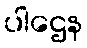
ပါဌေန